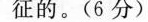
征的。(6分)